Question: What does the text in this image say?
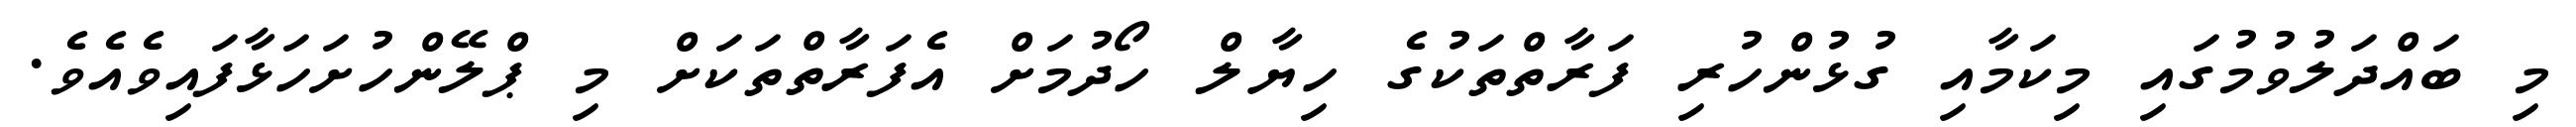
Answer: މި ބައްދަލުވުމުގައި މިކަމާއި ގުޅުންހުރި ފަރާތްތަކުގެ ހިޔާލް ހޯދުމަށް އެފަރާތްތަކަށް މި ޕްލޭންހުށަހަޅާފައިވެއެވެ.